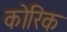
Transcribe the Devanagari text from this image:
कोरिक